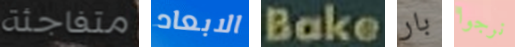
متفاجئة الابعاد Bake بار نرجوا